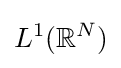
L^{1}(\mathbb {R} ^{N})